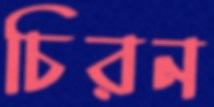
চিরন